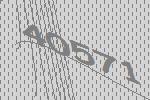
40571